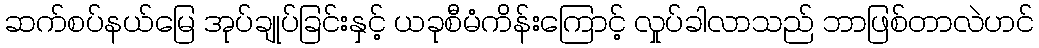
ဆက်စပ်နယ်မြေ အုပ်ချုပ်ခြင်းနှင့် ယခုစီမံကိန်းကြောင့် လှုပ်ခါလာသည် ဘာဖြစ်တာလဲဟင်